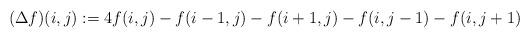
LaTeX: \begin{align*}(\Delta f)(i,j) := 4f(i,j) - f(i-1,j) - f(i+1,j) - f(i,j-1) - f(i,j+1)\end{align*}